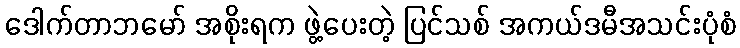
ဒေါက်တာဘမော် အစိုးရက ဖွဲ့ပေးတဲ့ ပြင်သစ် အကယ်ဒမီအသင်းပုံစံ